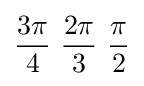
{3\pi  \over 4}\ {2\pi  \over 3}\ {\pi  \over 2}